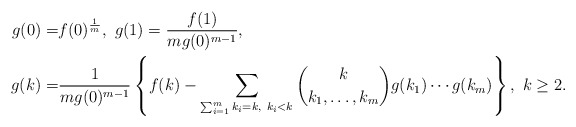
\begin{align*} g(0)=&f(0)^{\frac{1}{m}},~g(1)=\frac{f(1)}{mg(0)^{m-1}},\\ g(k)=&\frac{1}{m g(0)^{m-1}}\left\{f(k)-\sum_{\sum_{i=1}^{m}k_i=k,~k_i<k} {k\choose k_1,\ldots,k_m}g(k_1)\cdots g(k_m)\right\},~k\geq 2.\end{align*}